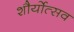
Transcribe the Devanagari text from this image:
शौर्योत्सव